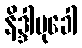
နိဒ္ဒါမုခေါ